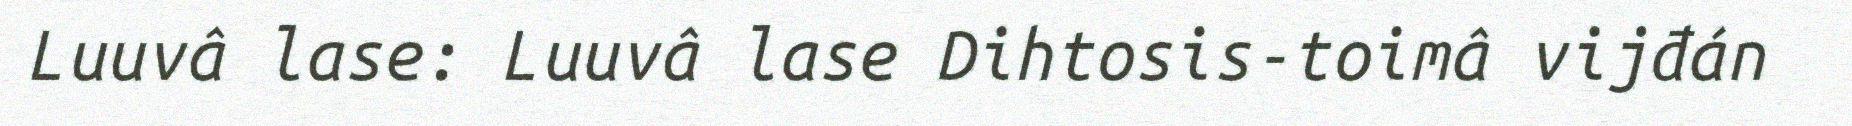
Luuvâ lase: Luuvâ lase Dihtosis-toimâ vijđán